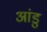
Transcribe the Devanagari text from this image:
आंडु